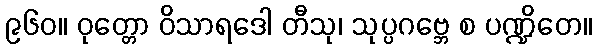
၉၆၀။ ဝုတ္တော ဝိသာရဒေါ တီသု၊ သုပ္ပဂဗ္ဘေ စ ပဏ္ဍိတေ။